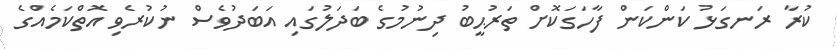
ކުރާ ރަނގަޅު ކަންކަން ފާހަގަކޮށް ތަރުޙީބު ދިނުމުގެ ބަދަލުގައި އަބަދުވެސް ނުކުރެވި އޮތްކަމެއްގެ